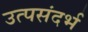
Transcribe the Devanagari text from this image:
उत्पसंदर्भ